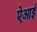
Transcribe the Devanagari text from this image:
ऐआई